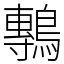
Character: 鷒